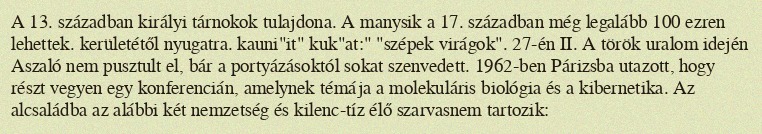
A 13. században királyi tárnokok tulajdona. A manysik a 17. században még legalább 100 ezren lehettek. kerületétől nyugatra. kauni"it" kuk"at:" "szépek virágok". 27-én II. A török uralom idején Aszaló nem pusztult el, bár a portyázásoktól sokat szenvedett. 1962-ben Párizsba utazott, hogy részt vegyen egy konferencián, amelynek témája a molekuláris biológia és a kibernetika. Az alcsaládba az alábbi két nemzetség és kilenc-tíz élő szarvasnem tartozik: